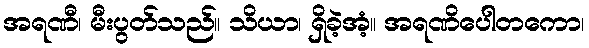
အရဏီ၊ မီးပွတ်သည်။ သိယာ၊ ရှိခဲ့အံ့။ အရဏိပေါတကော၊